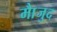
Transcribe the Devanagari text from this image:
माैजुद